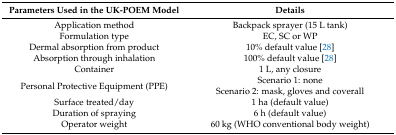
| Parameters Used in the UK-POEM Model | Details |
 | --- | --- |
 | Application method | Backpack sprayer (15 L tank) |
 | Formulation type | EC, SC or WP |
 | Dermal absorption from product | 10% default value [28] |
 | Absorption through inhalation | 100% default value [28] |
 | Container | 1 L, any closure |
 | Personal Protective Equipment (PPE) | Scenario 1: none Scenario 2: mask, gloves and coverall |
 | Surface treated/day | 1 ha (default value) |
 | Duration of spraying | 6 h (default value) |
 | Operator weight | 60 kg (WHO conventional body weight) |